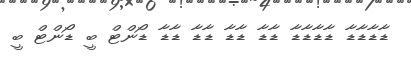
ޑާޑާޑާޑާ ޑާޑާޑާޑާ ޑާޑާ ޑާޑާ ޑާޑާ ޑާޑާ ޑޯންޓް ބީ ޑޯންޓް ބީ